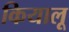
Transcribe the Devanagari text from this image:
कियालू